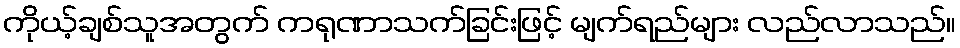
ကိုယ့်ချစ်သူအတွက် ကရုဏာသက်ခြင်းဖြင့် မျက်ရည်များ လည်လာသည်။